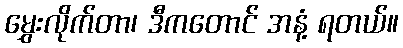
မွှေးလိုက်တာ၊ ဒီကတောင် အနံ့ ရတယ်။